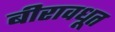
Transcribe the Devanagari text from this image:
बीरावधूत